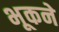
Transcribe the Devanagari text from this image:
भूकने